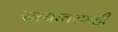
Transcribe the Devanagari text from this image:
सत्याचरणही